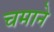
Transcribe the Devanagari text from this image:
चमाने